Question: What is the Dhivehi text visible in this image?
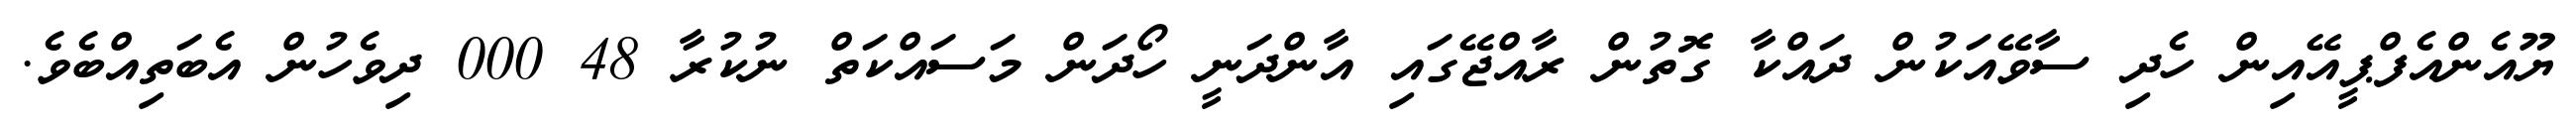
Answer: ޔޫއެންއެފްޕީއޭއިން ހެދި ސާވޭއަކުން ދައްކާ ގޮތުން ރާއްޖޭގައި އާންދަނީ ހޯދަން މަސައްކަތް ނުކުރާ 48 000 ދިވެހުން އެބަތިއްބެވެ.